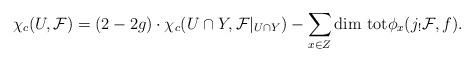
LaTeX: \begin{align*}\chi_c(U,{\cal F})=(2-2g)\cdot \chi_c(U\cap Y,{\cal F}|_{U\cap Y})-\sum_{x\in Z}{\rm dim\ tot}\phi_x(j_!{\cal F},f).\end{align*}